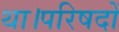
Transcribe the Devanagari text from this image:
था।परिषदों